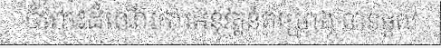
ចំពោះដំណើរការអនុវត្តន៍គម្រោង បានផ្តល់